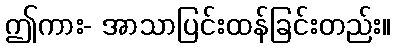
ဤကား- အာသာပြင်းထန်ခြင်းတည်း။